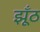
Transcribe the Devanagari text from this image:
झूँठ